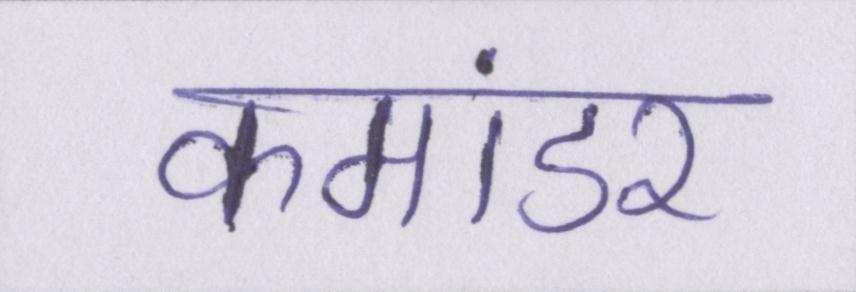
कमांडर